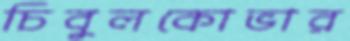
চিবুলকোভার